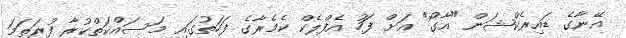
އޭނާގެ ޑައިރެކްޝަން "އާގޯ" އަށް ފަހު އެފްލެކް ކެމެރާގެ ފަހަތުގައި މަސައްކަތްކުރާ ފުރަތަމަ